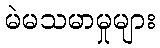
မဲမသမာမှုများ